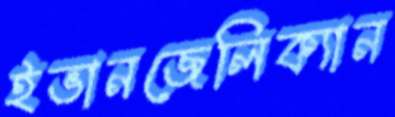
ইভানজেলিক্যান